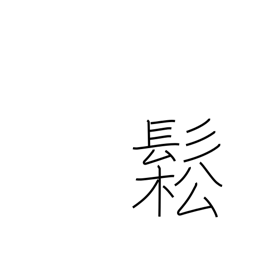
Meaning: dishevelled